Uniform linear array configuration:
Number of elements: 32
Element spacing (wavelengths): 0.5
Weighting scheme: binomial
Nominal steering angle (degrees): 30
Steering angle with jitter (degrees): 28.076
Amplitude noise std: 0.05
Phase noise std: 0.05

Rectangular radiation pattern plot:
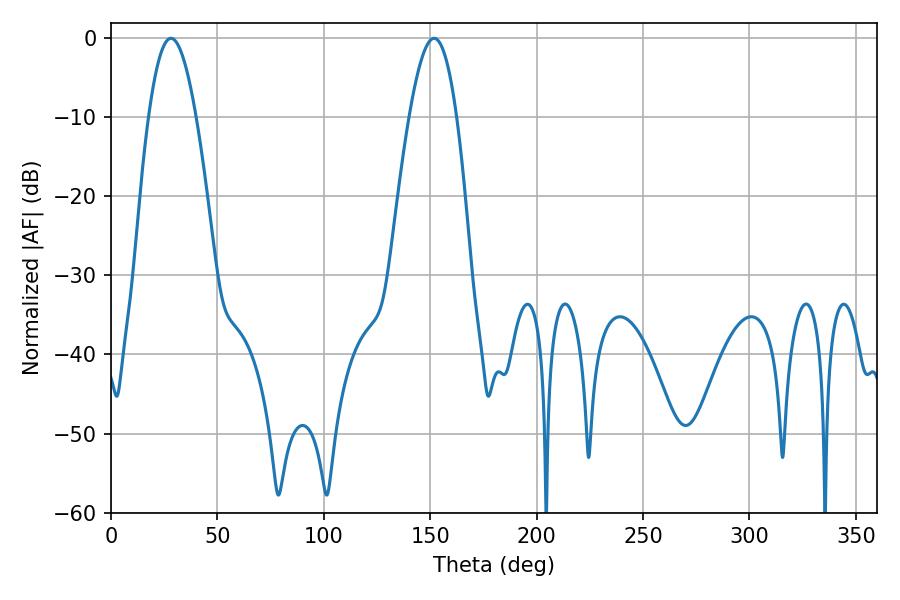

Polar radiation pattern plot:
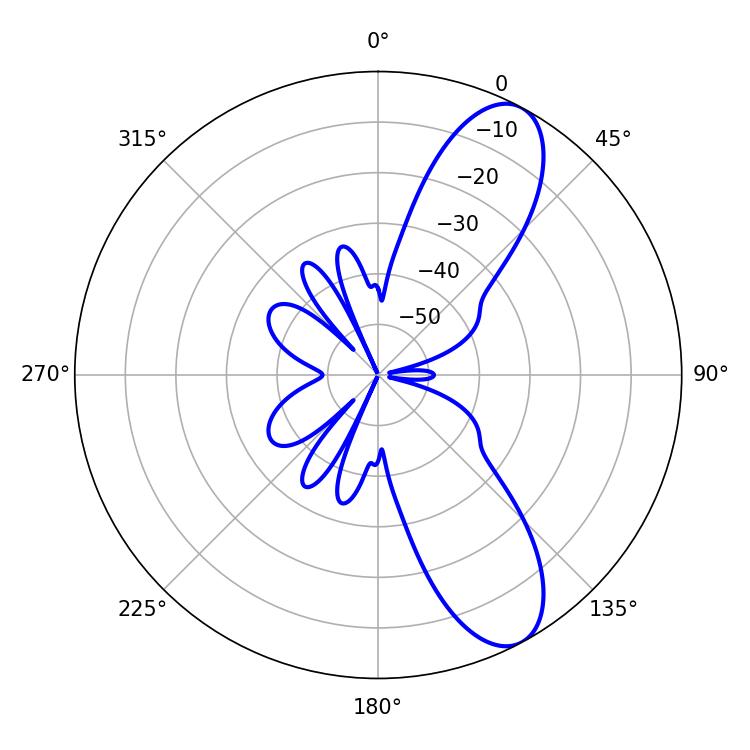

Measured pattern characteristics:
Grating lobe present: FALSE
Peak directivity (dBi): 9.634
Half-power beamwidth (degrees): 12.06
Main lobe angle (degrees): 28.26